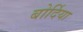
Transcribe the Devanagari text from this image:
बोर्दिया